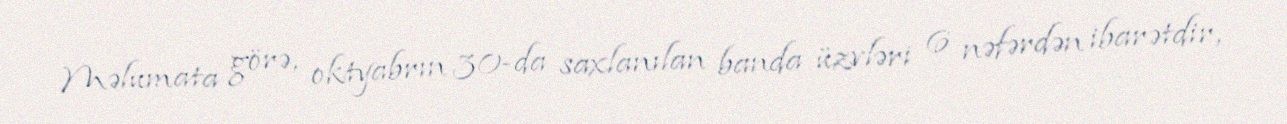
Məlumata görə, oktyabrın 30-da saxlanılan banda üzvləri 6 nəfərdən ibarətdir,